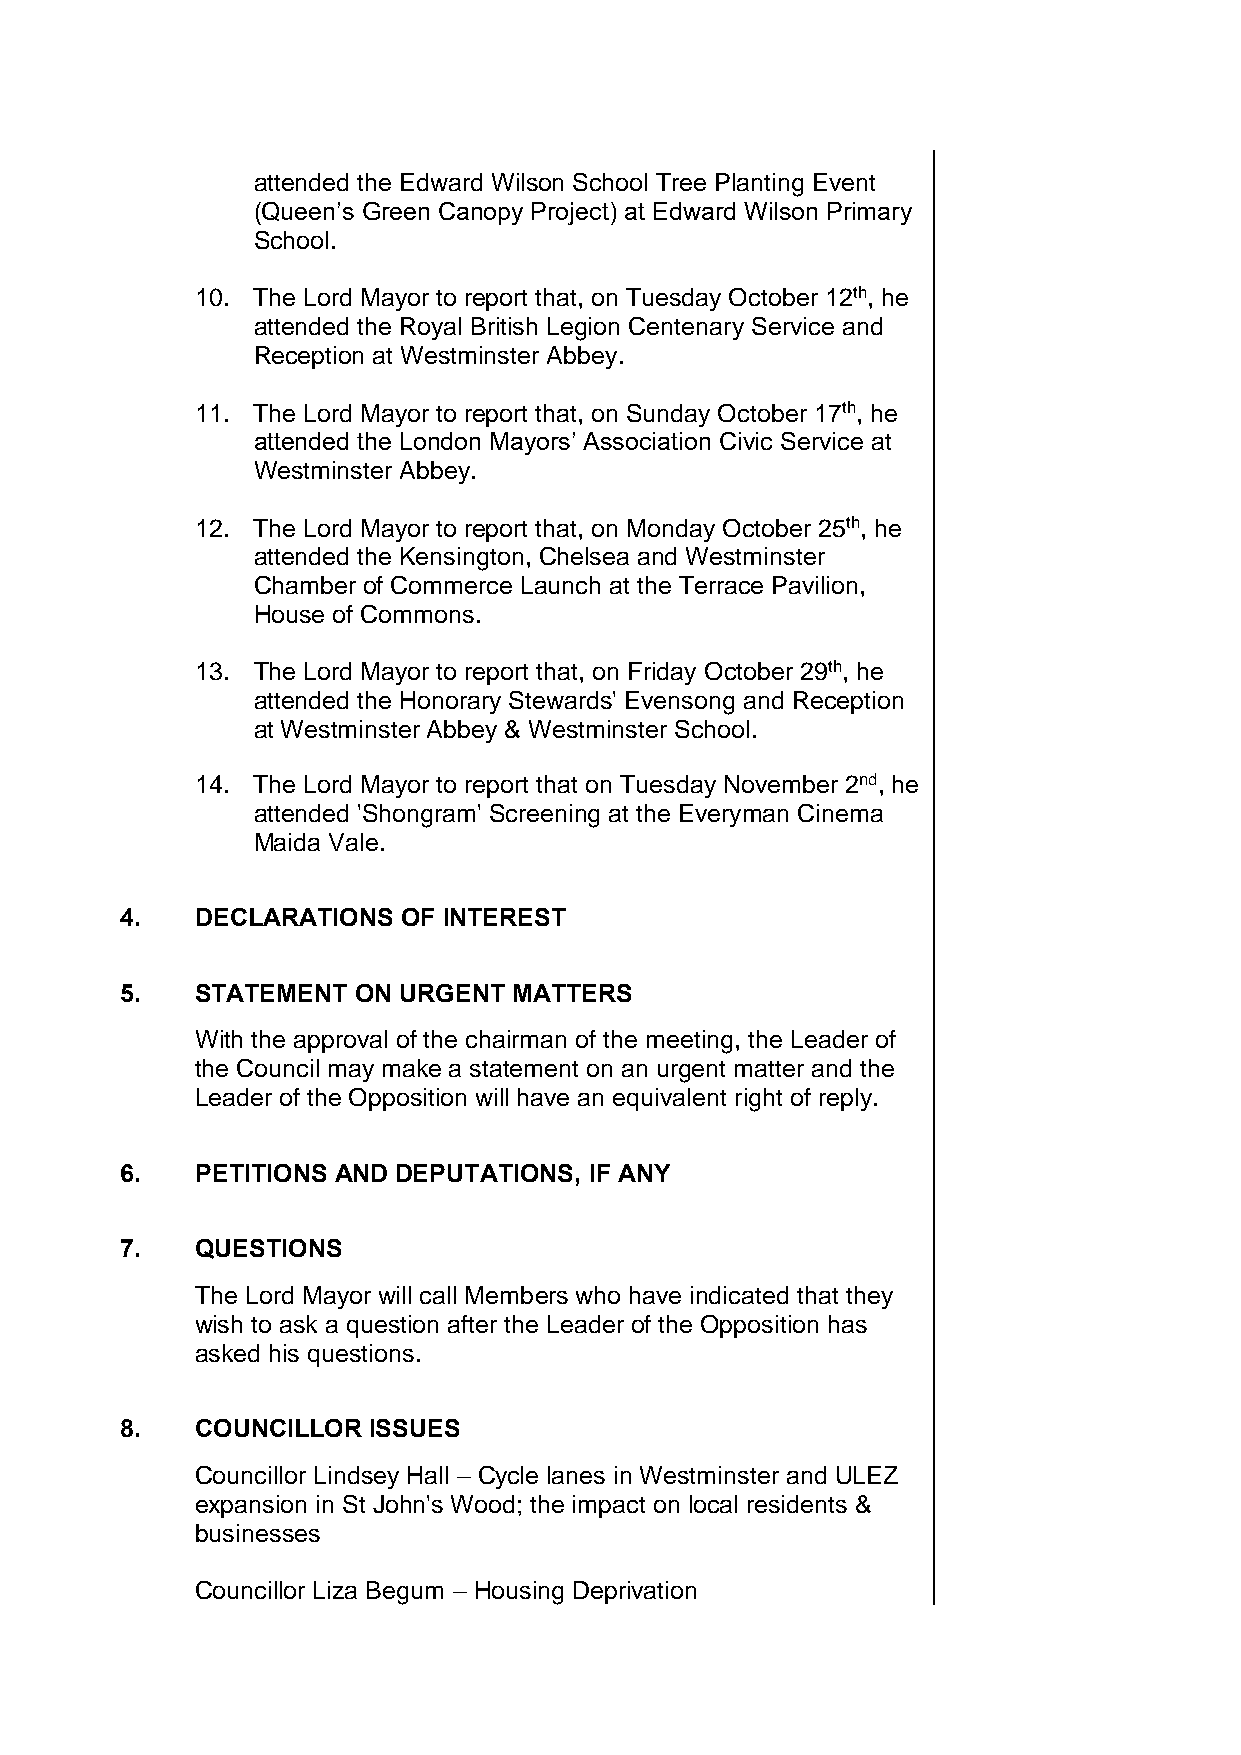
attended the Edward Wilson School Tree Planting Event
 (Queen’s Green Canopy Project) at Edward Wilson Primary
 School.
 10. The Lord Mayor to report that, on Tuesday October 12th, he
 attended the Royal British Legion Centenary Service and
 Reception at Westminster Abbey.
 11. The Lord Mayor to report that, on Sunday October 17th, he
 attended the London Mayors’ Association Civic Service at
 Westminster Abbey.
 12. The Lord Mayor to report that, on Monday October 25th, he
 attended the Kensington, Chelsea and Westminster
 Chamber of Commerce Launch at the Terrace Pavilion,
 House of Commons.
 13. The Lord Mayor to report that, on Friday October 29th, he
 attended the Honorary Stewards' Evensong and Reception
 at Westminster Abbey & Westminster School.
 14. The Lord Mayor to report that on Tuesday November 2nd, he
 attended 'Shongram' Screening at the Everyman Cinema
 Maida Vale.
 4.   DECLARATIONS  OF INTEREST
 5.   STATEMENT ON URGENT  MATTERS
 With the approval of the chairman of the meeting, the Leader of
 the Council may make a statement on an urgent matter and the
 Leader of the Opposition will have an equivalent right of reply.
 6.   PETITIONS AND DEPUTATIONS, IF ANY
 7.   QUESTIONS
 The Lord Mayor will call Members who have indicated that they
 wish to ask a question after the Leader of the Opposition has
 asked his questions.
 8.   COUNCILLOR ISSUES
 Councillor Lindsey Hall – Cycle lanes in Westminster and ULEZ
 expansion in St John's Wood; the impact on local residents &
 businesses
 Councillor Liza Begum – Housing Deprivation